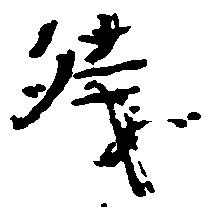
残